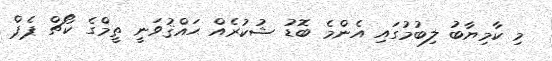
މި ކާމިޔާބު ލިބުމުގައި އެންމެ ބޮޑު ޝުކުރެއް ޙައްޤުވަނީ ތީމްގެ ކޯޗް ޕެޕް